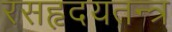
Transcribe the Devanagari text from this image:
रसहृदयतन्त्र